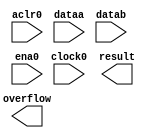
// megafunction wizard: %ALTMULT_ACCUM (MAC)%VBB%
// GENERATION: STANDARD
// VERSION: WM1.0
// MODULE: altmult_accum 

// ============================================================
// Megafunction Name(s):
// 			altmult_accum
//
// Simulation Library Files(s):
// 			altera_mf
// ============================================================
// ************************************************************
// THIS IS A WIZARD-GENERATED FILE. DO NOT EDIT THIS FILE!
//
// 13.1.0 Build 162 10/23/2013 SJ Full Version
// ************************************************************

//Copyright (C) 1991-2013 Altera Corporation
//Your use of Altera Corporation's design tools, logic functions 
//and other software and tools, and its AMPP partner logic 
//functions, and any output files from any of the foregoing 
//(including device programming or simulation files), and any 
//associated documentation or information are expressly subject 
//to the terms and conditions of the Altera Program License 
//Subscription Agreement, Altera MegaCore Function License 
//Agreement, or other applicable license agreement, including, 
//without limitation, that your use is for the sole purpose of 
//programming logic devices manufactured by Altera and sold by 
//Altera or its authorized distributors.  Please refer to the 
//applicable agreement for further details.

module Altmult_accum0 (
	aclr0,
	clock0,
	dataa,
	datab,
	ena0,
	overflow,
	result);

	input	  aclr0;
	input	  clock0;
	input	[13:0]  dataa;
	input	[13:0]  datab;
	input	  ena0;
	output	  overflow;
	output	[31:0]  result;
`ifndef ALTERA_RESERVED_QIS
// synopsys translate_off
`endif
	tri0	  aclr0;
	tri1	  clock0;
	tri0	[13:0]  dataa;
	tri0	[13:0]  datab;
	tri1	  ena0;
`ifndef ALTERA_RESERVED_QIS
// synopsys translate_on
`endif

endmodule

// ============================================================
// CNX file retrieval info
// ============================================================
// Retrieval info: PRIVATE: ACCUM_SLOAD NUMERIC "0"
// Retrieval info: PRIVATE: ACCUM_SLOAD_ACLR NUMERIC "0"
// Retrieval info: PRIVATE: ACCUM_SLOAD_PIPELINE_ACLR NUMERIC "0"
// Retrieval info: PRIVATE: ACCUM_SLOAD_PIPELINE_REG NUMERIC "1"
// Retrieval info: PRIVATE: ACCUM_SLOAD_PIPELINE_REG_INDEX NUMERIC "0"
// Retrieval info: PRIVATE: ACCUM_SLOAD_REG NUMERIC "1"
// Retrieval info: PRIVATE: ACCUM_SLOAD_REG_INDEX NUMERIC "0"
// Retrieval info: PRIVATE: ACCUM_SLOAD_UPPER_DATA NUMERIC "0"
// Retrieval info: PRIVATE: ACCUM_SLOAD_UPPER_DATA_ACLR NUMERIC "0"
// Retrieval info: PRIVATE: ACCUM_SLOAD_UPPER_DATA_PIPELINE_ACLR NUMERIC "0"
// Retrieval info: PRIVATE: ACCUM_SLOAD_UPPER_DATA_PIPELINE_REG NUMERIC "0"
// Retrieval info: PRIVATE: ACCUM_SLOAD_UPPER_DATA_REG NUMERIC "0"
// Retrieval info: PRIVATE: ADDNSUB1_ACLR_SRC NUMERIC "0"
// Retrieval info: PRIVATE: ADDNSUB1_CLK_SRC NUMERIC "0"
// Retrieval info: PRIVATE: ADDNSUB1_PIPE_ACLR_SRC NUMERIC "0"
// Retrieval info: PRIVATE: ADDNSUB1_PIPE_CLK_SRC NUMERIC "0"
// Retrieval info: PRIVATE: ADDNSUB1_PIPE_REG STRING "1"
// Retrieval info: PRIVATE: ADDNSUB1_REG STRING "1"
// Retrieval info: PRIVATE: ADDNSUB3_ACLR_SRC NUMERIC "0"
// Retrieval info: PRIVATE: ADDNSUB3_CLK_SRC NUMERIC "0"
// Retrieval info: PRIVATE: ADDNSUB3_PIPE_ACLR_SRC NUMERIC "0"
// Retrieval info: PRIVATE: ADDNSUB3_PIPE_CLK_SRC NUMERIC "0"
// Retrieval info: PRIVATE: ADDNSUB3_PIPE_REG STRING "1"
// Retrieval info: PRIVATE: ADDNSUB3_REG STRING "1"
// Retrieval info: PRIVATE: ADD_ENABLE NUMERIC "1"
// Retrieval info: PRIVATE: ALL_REG_ACLR NUMERIC "0"
// Retrieval info: PRIVATE: A_ACLR_SRC_MULT0 NUMERIC "0"
// Retrieval info: PRIVATE: A_CLK_SRC_MULT0 NUMERIC "0"
// Retrieval info: PRIVATE: B_ACLR_SRC_MULT0 NUMERIC "0"
// Retrieval info: PRIVATE: B_CLK_SRC_MULT0 NUMERIC "0"
// Retrieval info: PRIVATE: EXTRA_MULTIPLIER_LATENCY NUMERIC "0"
// Retrieval info: PRIVATE: HAS_MAC STRING "1"
// Retrieval info: PRIVATE: HAS_SAT_ROUND STRING "0"
// Retrieval info: PRIVATE: IMPL_STYLE_DEDICATED NUMERIC "0"
// Retrieval info: PRIVATE: IMPL_STYLE_DEFAULT NUMERIC "1"
// Retrieval info: PRIVATE: IMPL_STYLE_LCELL NUMERIC "0"
// Retrieval info: PRIVATE: INTENDED_DEVICE_FAMILY STRING "Cyclone III"
// Retrieval info: PRIVATE: MULT_LATENCY NUMERIC "0"
// Retrieval info: PRIVATE: MULT_REGA0 NUMERIC "1"
// Retrieval info: PRIVATE: MULT_REGB0 NUMERIC "1"
// Retrieval info: PRIVATE: MULT_REGOUT0 NUMERIC "1"
// Retrieval info: PRIVATE: NUM_MULT STRING "1"
// Retrieval info: PRIVATE: OP1 STRING "Add"
// Retrieval info: PRIVATE: OP3 STRING "Add"
// Retrieval info: PRIVATE: OUTPUT_EXTRA_LAT NUMERIC "0"
// Retrieval info: PRIVATE: OUTPUT_REG_ACLR_SRC NUMERIC "0"
// Retrieval info: PRIVATE: OUTPUT_REG_CLK_SRC NUMERIC "0"
// Retrieval info: PRIVATE: OVERFLOW NUMERIC "1"
// Retrieval info: PRIVATE: Q_ACLR_SRC_MULT0 NUMERIC "0"
// Retrieval info: PRIVATE: Q_CLK_SRC_MULT0 NUMERIC "0"
// Retrieval info: PRIVATE: REG_OUT NUMERIC "1"
// Retrieval info: PRIVATE: RNFORMAT STRING "32"
// Retrieval info: PRIVATE: RQFORMAT STRING "Q1.30"
// Retrieval info: PRIVATE: RTS_WIDTH STRING "32"
// Retrieval info: PRIVATE: SAME_CONFIG NUMERIC "1"
// Retrieval info: PRIVATE: SAME_CONTROL_SRC_A0 NUMERIC "1"
// Retrieval info: PRIVATE: SAME_CONTROL_SRC_B0 NUMERIC "1"
// Retrieval info: PRIVATE: SCANOUTA NUMERIC "0"
// Retrieval info: PRIVATE: SCANOUTB NUMERIC "0"
// Retrieval info: PRIVATE: SHIFTOUTA_ACLR_SRC NUMERIC "3"
// Retrieval info: PRIVATE: SHIFTOUTA_CLK_SRC NUMERIC "0"
// Retrieval info: PRIVATE: SHIFTOUTA_REG STRING "0"
// Retrieval info: PRIVATE: SIGNA STRING "SIGNED"
// Retrieval info: PRIVATE: SIGNA_ACLR_SRC NUMERIC "0"
// Retrieval info: PRIVATE: SIGNA_CLK_SRC NUMERIC "0"
// Retrieval info: PRIVATE: SIGNA_PIPE_ACLR_SRC NUMERIC "0"
// Retrieval info: PRIVATE: SIGNA_PIPE_CLK_SRC NUMERIC "0"
// Retrieval info: PRIVATE: SIGNA_PIPE_REG STRING "1"
// Retrieval info: PRIVATE: SIGNA_REG STRING "1"
// Retrieval info: PRIVATE: SIGNB STRING "UNSIGNED"
// Retrieval info: PRIVATE: SIGNB_ACLR_SRC NUMERIC "0"
// Retrieval info: PRIVATE: SIGNB_CLK_SRC NUMERIC "0"
// Retrieval info: PRIVATE: SIGNB_PIPE_ACLR_SRC NUMERIC "0"
// Retrieval info: PRIVATE: SIGNB_PIPE_CLK_SRC NUMERIC "0"
// Retrieval info: PRIVATE: SIGNB_PIPE_REG STRING "1"
// Retrieval info: PRIVATE: SIGNB_REG STRING "1"
// Retrieval info: PRIVATE: SRCA0 STRING "Multiplier input"
// Retrieval info: PRIVATE: SRCB0 STRING "Multiplier input"
// Retrieval info: PRIVATE: SYNTH_WRAPPER_GEN_POSTFIX STRING "0"
// Retrieval info: PRIVATE: WIDTHA STRING "14"
// Retrieval info: PRIVATE: WIDTHB STRING "14"
// Retrieval info: PRIVATE: WIDTH_UPPER_DATA NUMERIC "1"
// Retrieval info: LIBRARY: altera_mf altera_mf.altera_mf_components.all
// Retrieval info: CONSTANT: ACCUM_DIRECTION STRING "ADD"
// Retrieval info: CONSTANT: ADDNSUB_ACLR STRING "ACLR0"
// Retrieval info: CONSTANT: ADDNSUB_PIPELINE_ACLR STRING "ACLR0"
// Retrieval info: CONSTANT: ADDNSUB_PIPELINE_REG STRING "CLOCK0"
// Retrieval info: CONSTANT: ADDNSUB_REG STRING "CLOCK0"
// Retrieval info: CONSTANT: DEDICATED_MULTIPLIER_CIRCUITRY STRING "AUTO"
// Retrieval info: CONSTANT: INPUT_ACLR_A STRING "ACLR0"
// Retrieval info: CONSTANT: INPUT_ACLR_B STRING "ACLR0"
// Retrieval info: CONSTANT: INPUT_REG_A STRING "CLOCK0"
// Retrieval info: CONSTANT: INPUT_REG_B STRING "CLOCK0"
// Retrieval info: CONSTANT: INPUT_SOURCE_A STRING "DATAA"
// Retrieval info: CONSTANT: INPUT_SOURCE_B STRING "DATAB"
// Retrieval info: CONSTANT: INTENDED_DEVICE_FAMILY STRING "Cyclone III"
// Retrieval info: CONSTANT: LPM_TYPE STRING "altmult_accum"
// Retrieval info: CONSTANT: MULTIPLIER_ACLR STRING "ACLR0"
// Retrieval info: CONSTANT: MULTIPLIER_REG STRING "CLOCK0"
// Retrieval info: CONSTANT: OUTPUT_ACLR STRING "ACLR0"
// Retrieval info: CONSTANT: OUTPUT_REG STRING "CLOCK0"
// Retrieval info: CONSTANT: PORT_ADDNSUB STRING "PORT_UNUSED"
// Retrieval info: CONSTANT: PORT_OUTPUT_IS_OVERFLOW STRING "PORT_USED"
// Retrieval info: CONSTANT: PORT_SIGNA STRING "PORT_UNUSED"
// Retrieval info: CONSTANT: PORT_SIGNB STRING "PORT_UNUSED"
// Retrieval info: CONSTANT: REPRESENTATION_A STRING "SIGNED"
// Retrieval info: CONSTANT: REPRESENTATION_B STRING "UNSIGNED"
// Retrieval info: CONSTANT: SIGN_ACLR_A STRING "ACLR0"
// Retrieval info: CONSTANT: SIGN_ACLR_B STRING "ACLR0"
// Retrieval info: CONSTANT: SIGN_PIPELINE_ACLR_A STRING "ACLR0"
// Retrieval info: CONSTANT: SIGN_PIPELINE_ACLR_B STRING "ACLR0"
// Retrieval info: CONSTANT: SIGN_PIPELINE_REG_A STRING "CLOCK0"
// Retrieval info: CONSTANT: SIGN_PIPELINE_REG_B STRING "CLOCK0"
// Retrieval info: CONSTANT: SIGN_REG_A STRING "CLOCK0"
// Retrieval info: CONSTANT: SIGN_REG_B STRING "CLOCK0"
// Retrieval info: CONSTANT: WIDTH_A NUMERIC "14"
// Retrieval info: CONSTANT: WIDTH_B NUMERIC "14"
// Retrieval info: CONSTANT: WIDTH_RESULT NUMERIC "32"
// Retrieval info: USED_PORT: aclr0 0 0 0 0 INPUT GND "aclr0"
// Retrieval info: USED_PORT: clock0 0 0 0 0 INPUT VCC "clock0"
// Retrieval info: USED_PORT: dataa 0 0 14 0 INPUT GND "dataa[13..0]"
// Retrieval info: USED_PORT: datab 0 0 14 0 INPUT GND "datab[13..0]"
// Retrieval info: USED_PORT: ena0 0 0 0 0 INPUT VCC "ena0"
// Retrieval info: USED_PORT: overflow 0 0 0 0 OUTPUT NODEFVAL "overflow"
// Retrieval info: USED_PORT: result 0 0 32 0 OUTPUT GND "result[31..0]"
// Retrieval info: CONNECT: @aclr0 0 0 0 0 aclr0 0 0 0 0
// Retrieval info: CONNECT: @clock0 0 0 0 0 clock0 0 0 0 0
// Retrieval info: CONNECT: @dataa 0 0 14 0 dataa 0 0 14 0
// Retrieval info: CONNECT: @datab 0 0 14 0 datab 0 0 14 0
// Retrieval info: CONNECT: @ena0 0 0 0 0 ena0 0 0 0 0
// Retrieval info: CONNECT: overflow 0 0 0 0 @overflow 0 0 0 0
// Retrieval info: CONNECT: result 0 0 32 0 @result 0 0 32 0
// Retrieval info: GEN_FILE: TYPE_NORMAL Altmult_accum0.v TRUE
// Retrieval info: GEN_FILE: TYPE_NORMAL Altmult_accum0.inc FALSE
// Retrieval info: GEN_FILE: TYPE_NORMAL Altmult_accum0.cmp FALSE
// Retrieval info: GEN_FILE: TYPE_NORMAL Altmult_accum0.bsf TRUE
// Retrieval info: GEN_FILE: TYPE_NORMAL Altmult_accum0_inst.v FALSE
// Retrieval info: GEN_FILE: TYPE_NORMAL Altmult_accum0_bb.v TRUE
// Retrieval info: LIB_FILE: altera_mf